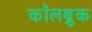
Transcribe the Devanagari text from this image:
कॉलब्रुक